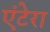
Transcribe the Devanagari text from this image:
एंटेरा